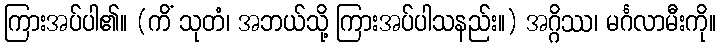
ကြားအပ်ပါ၏။ (ကိံ သုတံ၊ အဘယ်သို့ ကြားအပ်ပါသနည်း။) အဂ္ဂိဿ၊ မင်္ဂလာမီးကို။